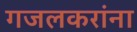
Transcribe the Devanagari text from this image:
गजलकरांना